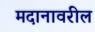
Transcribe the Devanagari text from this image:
मदानावरील